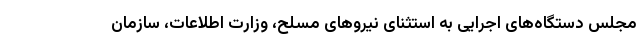
مجلس دستگاه‌های اجرایی به استثنای نیروهای مسلح، وزارت اطلاعات، سازمان